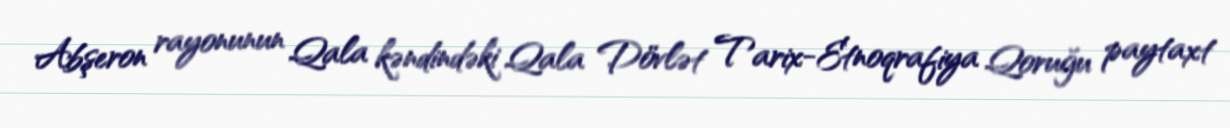
Abşeron rayonunun Qala kəndindəki Qala Dövlət Tarix-Etnoqrafiya Qoruğu paytaxt